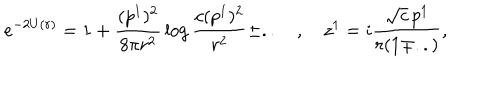
LaTeX: e ^ { - 2 U ( r ) } = 1 + { \frac { ( p ^ { 1 } ) ^ { 2 } } { 8 \pi r ^ { 2 } } } \log { \frac { c ( p ^ { 1 } ) ^ { 2 } } { r ^ { 2 } } } \pm . . \quad , \quad z ^ { 1 } = i { \frac { \sqrt { c } \, p ^ { 1 } } { r ( 1 \mp . . ) } } ,